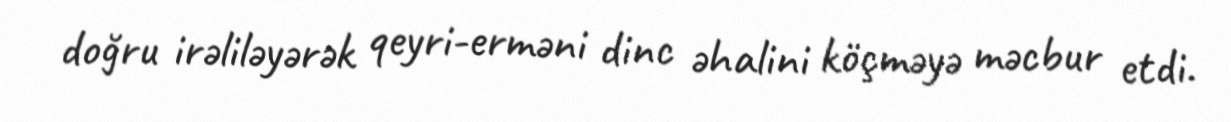
doğru irəliləyərək qeyri-erməni dinc əhalini köçməyə məcbur etdi.